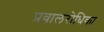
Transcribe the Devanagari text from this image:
प्रवालरोधिका